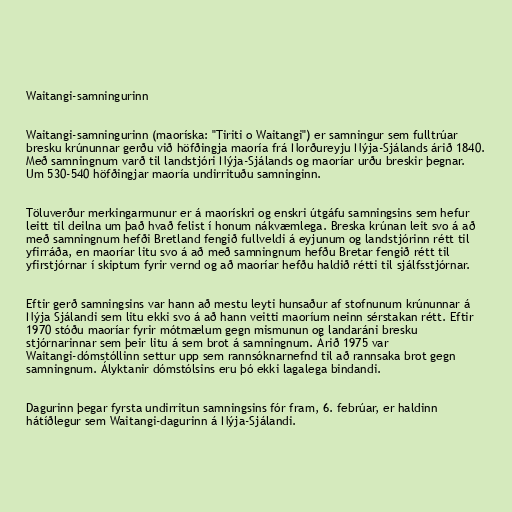
Waitangi-samningurinn

Waitangi-samningurinn (maoríska: "Tiriti o Waitangi") er samningur sem fulltrúar
bresku krúnunnar gerðu við höfðingja maoría frá Norðureyju Nýja-Sjálands árið 1840.
Með samningnum varð til landstjóri Nýja-Sjálands og maoríar urðu breskir þegnar.
Um 530-540 höfðingjar maoría undirrituðu samninginn.

Töluverður merkingarmunur er á maorískri og enskri útgáfu samningsins sem hefur
leitt til deilna um það hvað felist í honum nákvæmlega. Breska krúnan leit svo á að
með samningnum hefði Bretland fengið fullveldi á eyjunum og landstjórinn rétt til
yfirráða, en maoríar litu svo á að með samningnum hefðu Bretar fengið rétt til
yfirstjórnar í skiptum fyrir vernd og að maoríar hefðu haldið rétti til sjálfsstjórnar.

Eftir gerð samningsins var hann að mestu leyti hunsaður af stofnunum krúnunnar á
Nýja Sjálandi sem litu ekki svo á að hann veitti maoríum neinn sérstakan rétt. Eftir
1970 stóðu maoríar fyrir mótmælum gegn mismunun og landaráni bresku
stjórnarinnar sem þeir litu á sem brot á samningnum. Árið 1975 var
Waitangi-dómstóllinn settur upp sem rannsóknarnefnd til að rannsaka brot gegn
samningnum. Ályktanir dómstólsins eru þó ekki lagalega bindandi.

Dagurinn þegar fyrsta undirritun samningsins fór fram, 6. febrúar, er haldinn
hátíðlegur sem Waitangi-dagurinn á Nýja-Sjálandi.